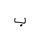
Letter: _ba